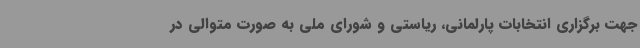
جهت برگزاری انتخابات پارلمانی، ریاستی و شورای ملی به صورت متوالی در